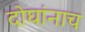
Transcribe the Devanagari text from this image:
दोघांनाच